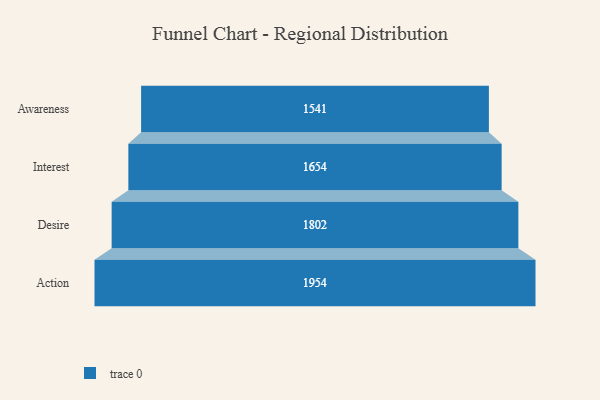
{"axis": {"x": "Stage", "y": "Value"}, "legend": [""], "data": [{"x": "Awareness", "y": 1541.0, "type": ""}, {"x": "Interest", "y": 1654.0, "type": ""}, {"x": "Desire", "y": 1802.0, "type": ""}, {"x": "Action", "y": 1954.0, "type": ""}]}